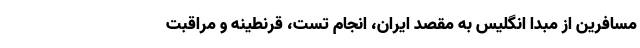
مسافرین از مبدا انگلیس به مقصد ایران، انجام تست، قرنطینه و مراقبت